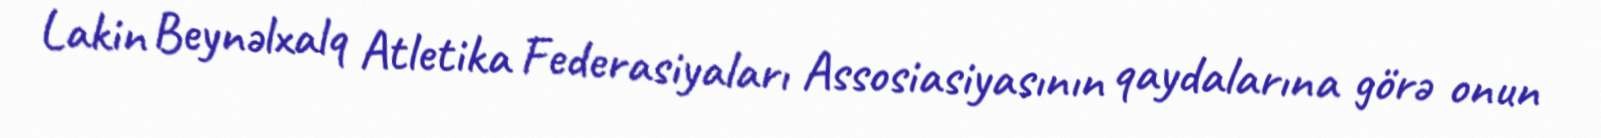
Lakin Beynəlxalq Atletika Federasiyaları Assosiasiyasının qaydalarına görə onun